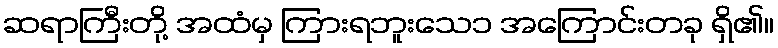
ဆရာကြီးတို့ အထံမှ ကြားရဘူးသေ၁ အကြောင်းတခု ရှိ၏။